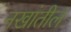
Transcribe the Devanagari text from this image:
नखांतील